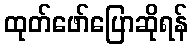
ထုတ်ဖော်ပြောဆိုရန်